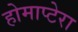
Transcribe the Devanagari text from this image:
होमाप्टेरा